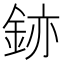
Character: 𫒚